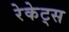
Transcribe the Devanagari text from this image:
रेकेट्स